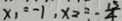
x _ { 1 } = - 1 , x _ { 2 } = - \frac { 1 5 } { 4 }